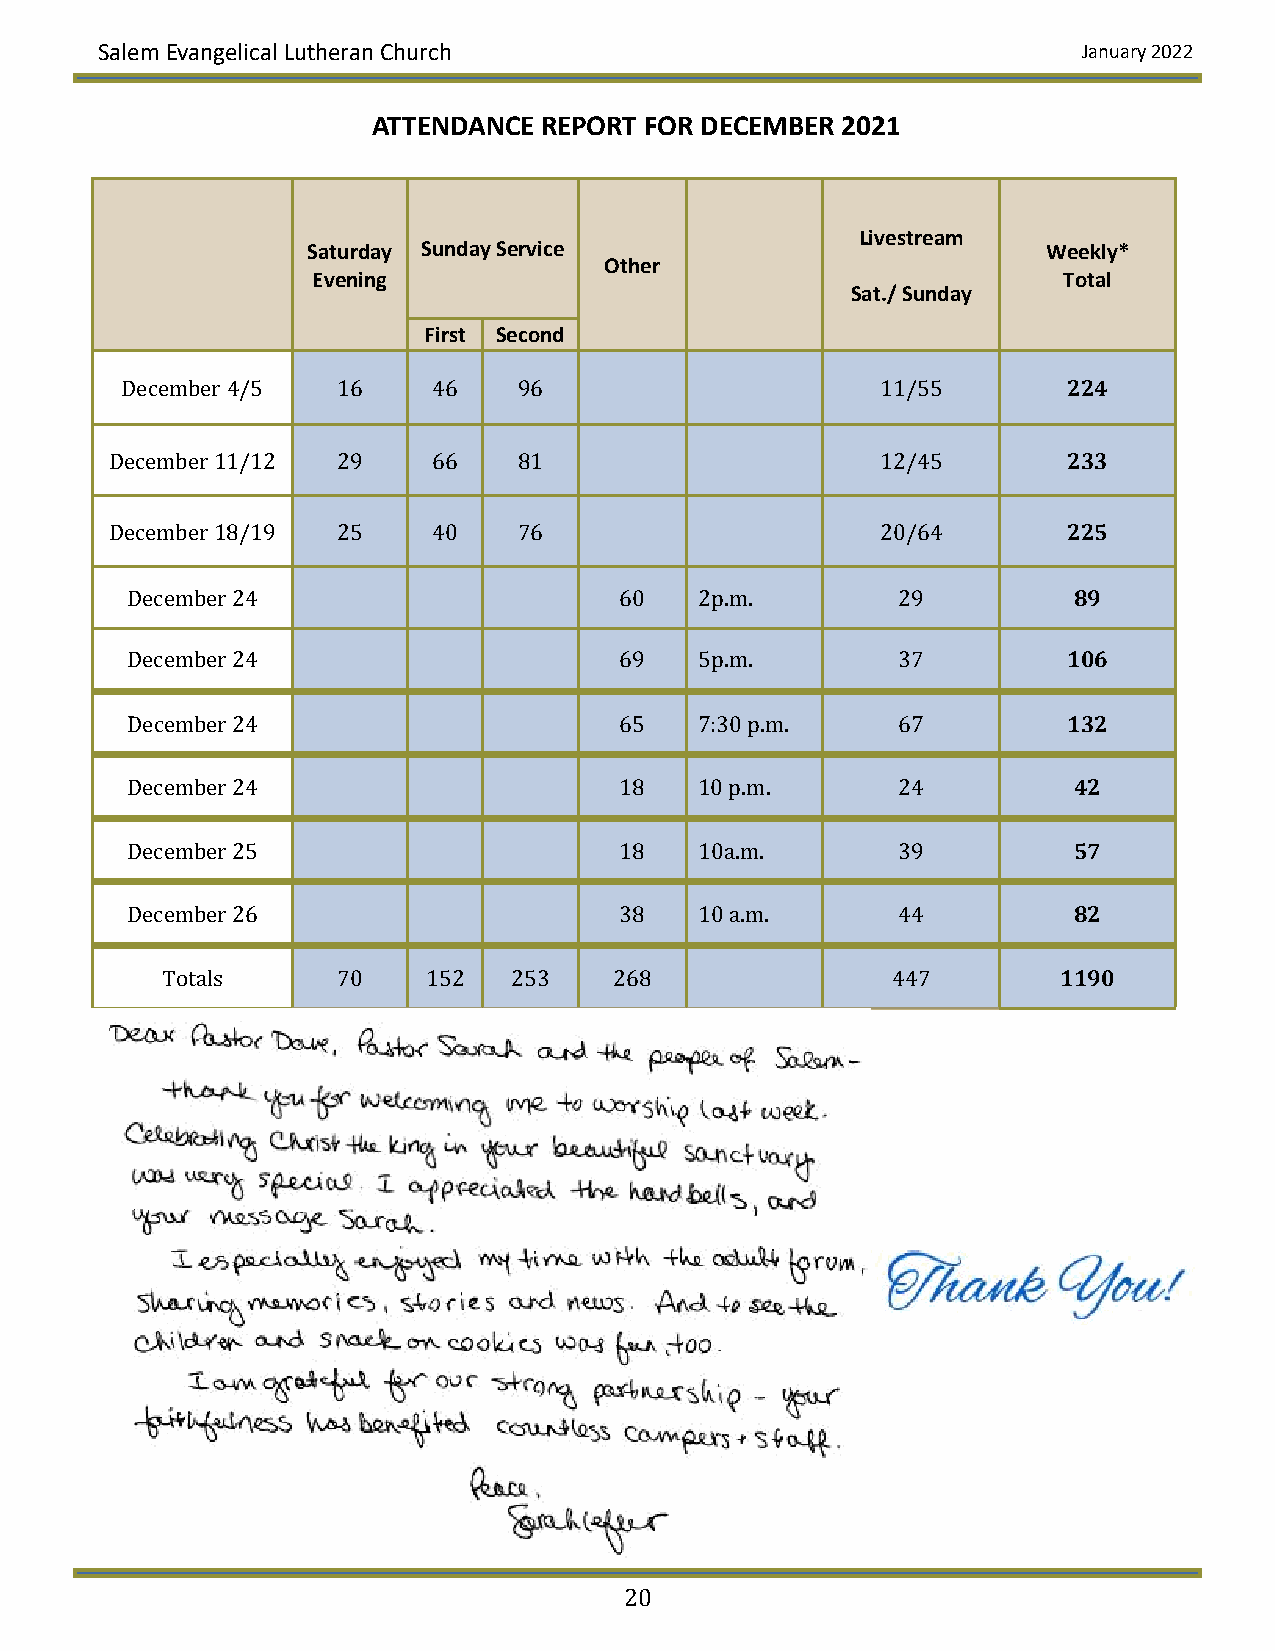
Salem Evangelical Lutheran Church                                January 2022
 ATTENDANCE REPORT FOR DECEMBER 2021
 Livestream
 Saturday Sunday Service                          Weekly*
 Other
 Evening                                          Total
 Sat./ Sunday
 First Second
 December 4/5  16     46   96                      11/55        224
 December 11/12 29     66   81                      12/45        233
 December 18/19 25     40   76                      20/64        225
 December 24                      60   2p.m.        29          89
 December 24                      69   5p.m.        37          106
 December 24                      65   7:30 p.m.    67          132
 December 24                      18   10 p.m.      24          42
 December 25                      18   10a.m.       39          57
 December 26                      38   10 a.m.      44          82
 Totals     70    152   253    268               447        1190
 20